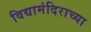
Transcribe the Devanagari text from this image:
विद्यामंदिराच्या